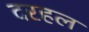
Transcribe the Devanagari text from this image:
दरहल